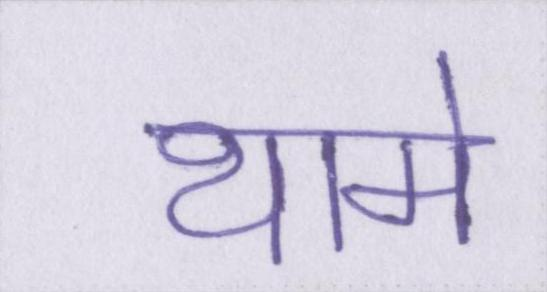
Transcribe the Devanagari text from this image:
थामे